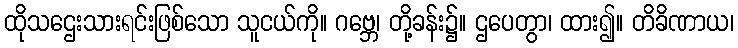
ထိုသဌေးသားရင်းဖြစ်သော သူငယ်ကို။ ဂဗ္ဘေ၊ တို့ခန်း၌။ ဌပေတွာ၊ ထား၍။ တိခိဏာယ၊